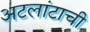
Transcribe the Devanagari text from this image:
अटलांटाची